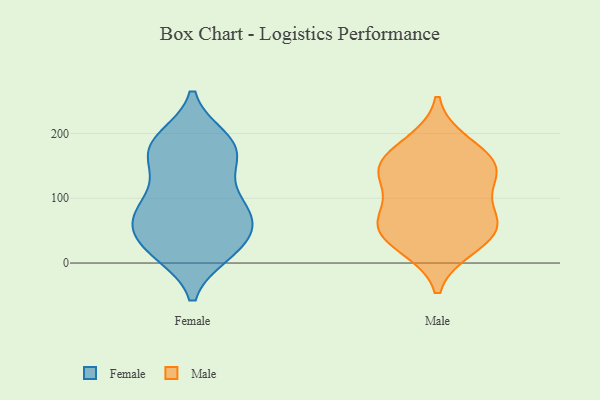
{"axis": {"x": "Waste Production (Tons)", "y": "Value"}, "legend": ["Female", "Male"], "data": [{"x": "", "y": 179, "type": "Female"}, {"x": "", "y": 16, "type": "Female"}, {"x": "", "y": 63, "type": "Female"}, {"x": "", "y": 186, "type": "Female"}, {"x": "", "y": 112, "type": "Female"}, {"x": "", "y": 36, "type": "Female"}, {"x": "", "y": 182, "type": "Female"}, {"x": "", "y": 62, "type": "Female"}, {"x": "", "y": 152, "type": "Female"}, {"x": "", "y": 177, "type": "Female"}, {"x": "", "y": 104, "type": "Female"}, {"x": "", "y": 19, "type": "Female"}, {"x": "", "y": 154, "type": "Female"}, {"x": "", "y": 84, "type": "Female"}, {"x": "", "y": 16, "type": "Female"}, {"x": "", "y": 26, "type": "Female"}, {"x": "", "y": 70, "type": "Female"}, {"x": "", "y": 191, "type": "Female"}, {"x": "", "y": 73, "type": "Female"}, {"x": "", "y": 69, "type": "Female"}, {"x": "", "y": 131, "type": "Male"}, {"x": "", "y": 27, "type": "Male"}, {"x": "", "y": 151, "type": "Male"}, {"x": "", "y": 183, "type": "Male"}, {"x": "", "y": 40, "type": "Male"}, {"x": "", "y": 66, "type": "Male"}, {"x": "", "y": 63, "type": "Male"}, {"x": "", "y": 138, "type": "Male"}, {"x": "", "y": 66, "type": "Male"}, {"x": "", "y": 152, "type": "Male"}]}